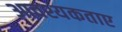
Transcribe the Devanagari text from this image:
आवश्यकताए